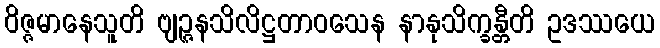
ဝိဇ္ဇမာနေသူတိ ဗျဉ္ဇနသိလိဋ္ဌတာဝသေန နာနုသိက္ခန္တီတိ ဥဒဿယေ